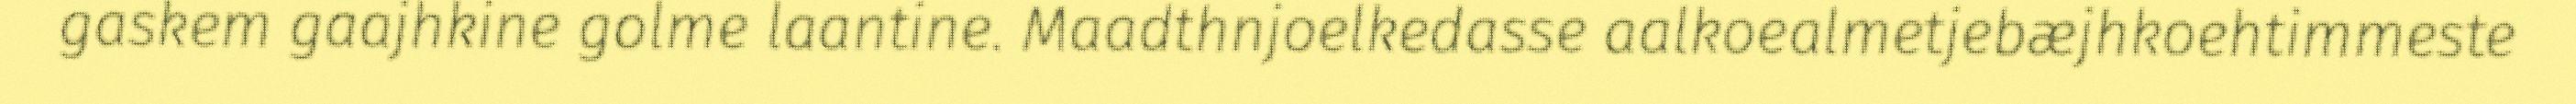
gaskem gaajhkine golme laantine. Maadthnjoelkedasse aalkoealmetjebæjhkoehtimmeste